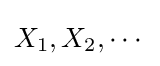
X_{1},X_{2},\dotsb